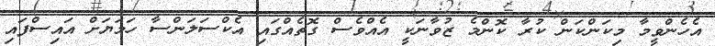
އެހެންވީމާ މިކަންކަން ކުރާ ކޮންމެ ޒުވާނަކީ އެއްވެސް ގޮތެއްގައި އެކްސަލަންސާ ހަމަޔަށް އައިސްފައި